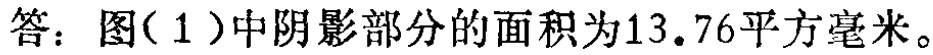
答：图(1)中阴影部分的面积为13.76平方毫米。